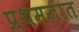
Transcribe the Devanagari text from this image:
प्रथमजात